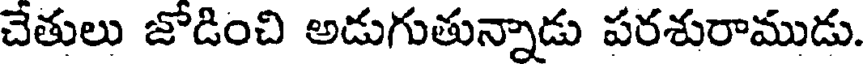
చేతులు జోడించి అడుగుతున్నాడు పరశురాముడు.